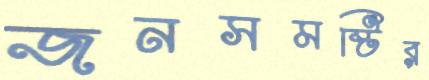
জনসমষ্টির